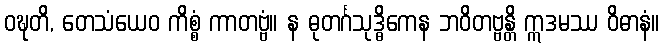
ဝဍ္ဎတိ, တေသံယေဝ ကိစ္စံ ကာတဗ္ဗံ။ န ဓုတင်္ဂသုဒ္ဓိကေန ဘဝိတဗ္ဗန္တိ ဣဒမဿ ဝိဓာနံ။